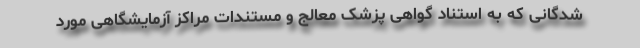
شدگانی که به استناد گواهی پزشک معالج و مستندات مراکز آزمایشگاهی مورد